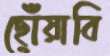
ছোঁয়াবি